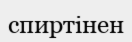
спиртінен